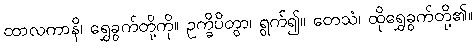
ထာလကာနိ၊ ရွှေခွက်တို့ကို။ ဥက္ခိပိတွာ၊ ရွက်၍။ တေသံ၊ ထိုရွှေခွက်တို့၏။